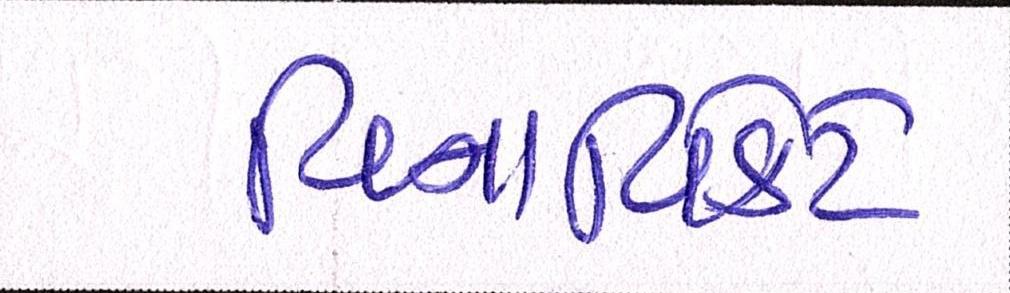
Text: વિનાવિકેટે